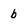
Character: b